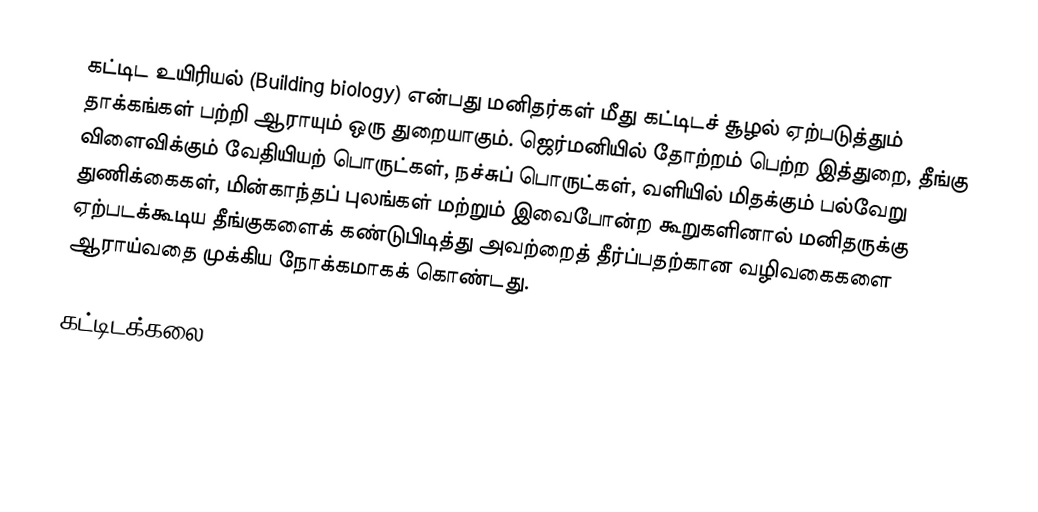
கட்டிட உயிரியல் (Building biology) என்பது மனிதர்கள் மீது கட்டிடச் சூழல் ஏற்படுத்தும் தாக்கங்கள் பற்றி ஆராயும் ஒரு துறையாகும். ஜெர்மனியில் தோற்றம் பெற்ற இத்துறை, தீங்கு விளைவிக்கும் வேதியியற் பொருட்கள், நச்சுப் பொருட்கள், வளியில் மிதக்கும் பல்வேறு துணிக்கைகள், மின்காந்தப் புலங்கள் மற்றும் இவைபோன்ற கூறுகளினால் மனிதருக்கு ஏற்படக்கூடிய தீங்குகளைக் கண்டுபிடித்து அவற்றைத் தீர்ப்பதற்கான வழிவகைகளை ஆராய்வதை முக்கிய நோக்கமாகக் கொண்டது.

கட்டிடக்கலை